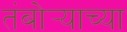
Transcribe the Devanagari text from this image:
तंबोर्‍याच्या